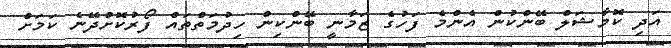
އަދި ކޮމާޝަލް ބޭންކުން އެންމެ ފަހުގެ ޒަމާނީ ބޭންކިން ހިދުމަތްތައް ފޯރުކޮށްދޭނެ ކަމަށް